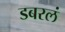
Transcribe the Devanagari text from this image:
डबरलं